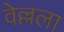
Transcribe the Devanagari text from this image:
वेल्लला